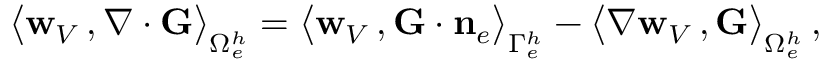
\begin{array} { r } { \big \langle { { \bf w } _ { V } } \, , \boldsymbol { \nabla } \cdot { \bf G } \big \rangle _ { \Omega _ { e } ^ { h } } = \big \langle { { \bf w } _ { V } } \, , { \bf G } \cdot { { \bf n } } _ { e } \big \rangle _ { \Gamma _ { e } ^ { h } } - \big \langle \nabla { { \bf w } _ { V } } \, , { \bf G } \big \rangle _ { \Omega _ { e } ^ { h } } \, , } \end{array}